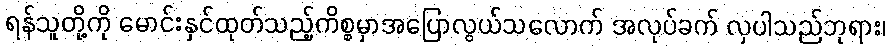
ရန်သူတို့ကို မောင်းနှင်ထုတ်သည့်ကိစ္စမှာအပြောလွယ်သလောက် အလုပ်ခက် လှပါသည်ဘုရား၊